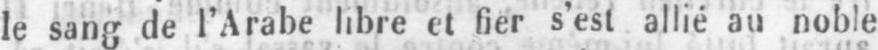
le sang de l’Arabe libre et fier s’est allié au noble